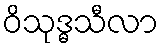
ဝိသုဒ္ဓသီလာ